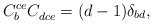
\begin{align*}C_b^{ce}C_{dce}^{\ }=(d-1)\delta _{bd}, \end{align*}